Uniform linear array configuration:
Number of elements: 4
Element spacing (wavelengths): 0.25
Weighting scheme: hamming
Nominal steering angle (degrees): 15
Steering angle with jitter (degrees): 13.519
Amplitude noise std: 0.05
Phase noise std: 0.05

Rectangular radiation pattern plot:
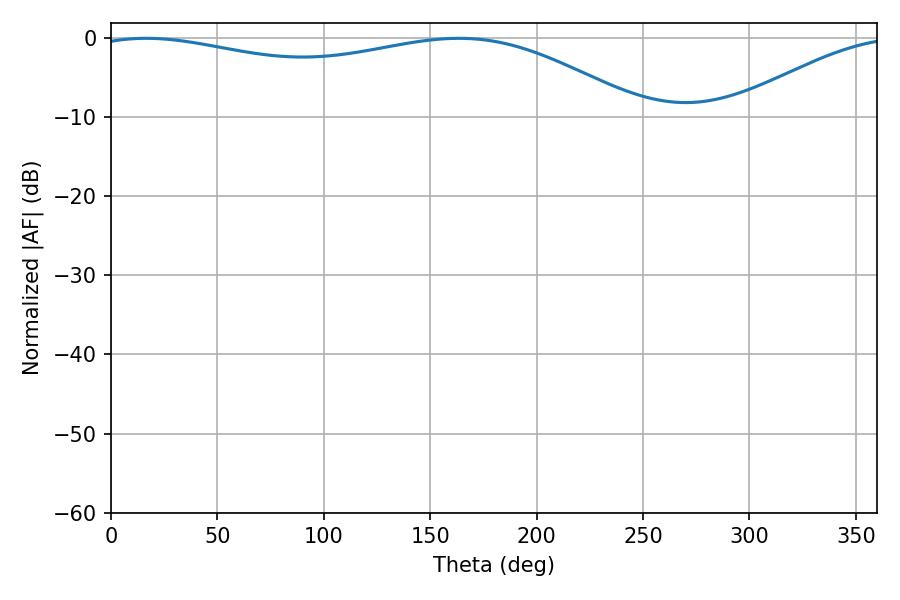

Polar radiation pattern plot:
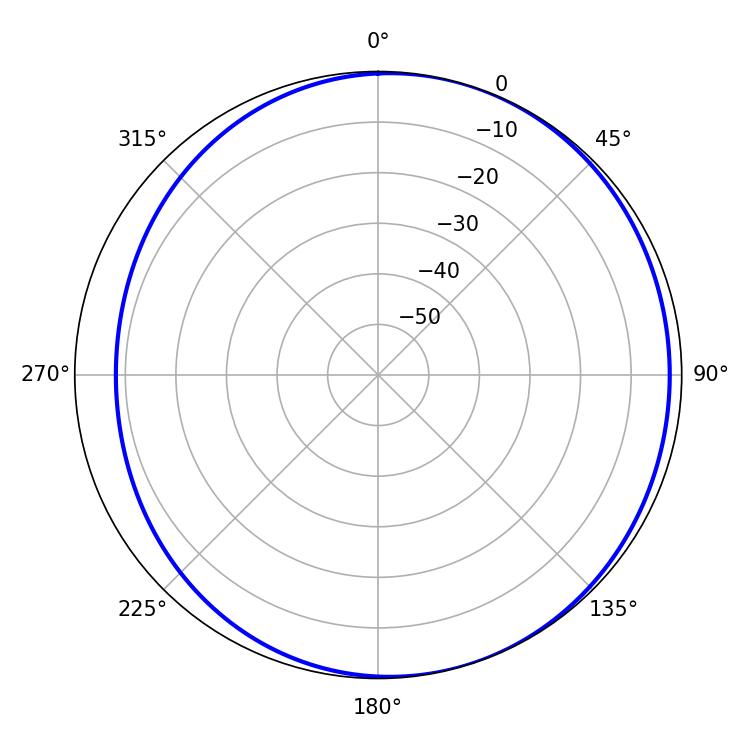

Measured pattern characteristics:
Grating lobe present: FALSE
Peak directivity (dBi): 3.564
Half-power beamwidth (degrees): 210.78
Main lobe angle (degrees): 16.56